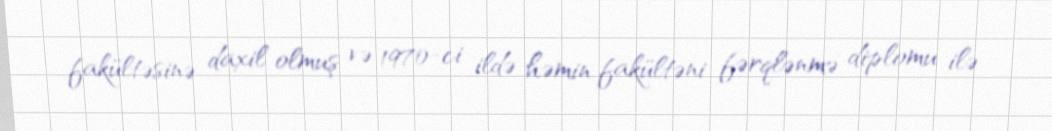
fakültəsinə daxil olmuş və 1970-ci ildə həmin fakültəni fərqlənmə diplomu ilə